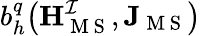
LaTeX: b_{h}^{q}\big(\mathbf{H}_{\mathrm{~M~S~}}^{\mathcal{I}},\mathbf{J}_{\mathrm{~M~S~}}\big)